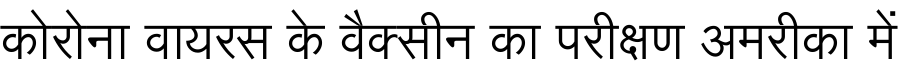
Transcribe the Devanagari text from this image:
कोरोना वायरस के वैक्सीन का परीक्षण अमरीका में